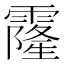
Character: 霳